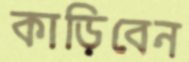
কাড়িবেন